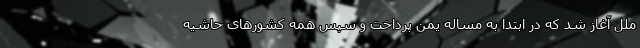
ملل آغاز شد که در ابتدا به مساله یمن پرداخت و سپس همه کشورهای حاشیه